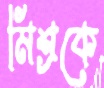
মিশ্রকে